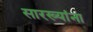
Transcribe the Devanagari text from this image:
सारख्यांना